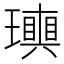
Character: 𤪬